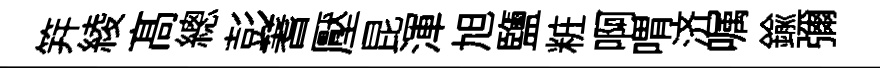
笄綾髙總彭蓍壓昆渾旭鹽粧啊喟济嘱鍮彌